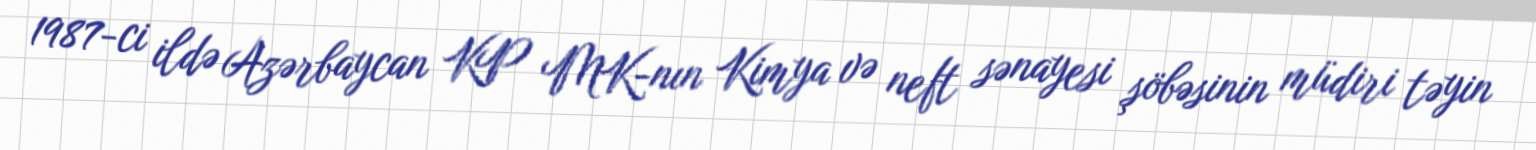
1987-ci ildə Azərbaycan KP MK-nın Kimya və neft sənayesi şöbəsinin müdiri təyin